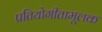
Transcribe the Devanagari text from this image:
प्रतियोगीतामूलक